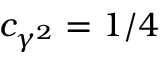
c _ { \gamma ^ { 2 } } = 1 / 4